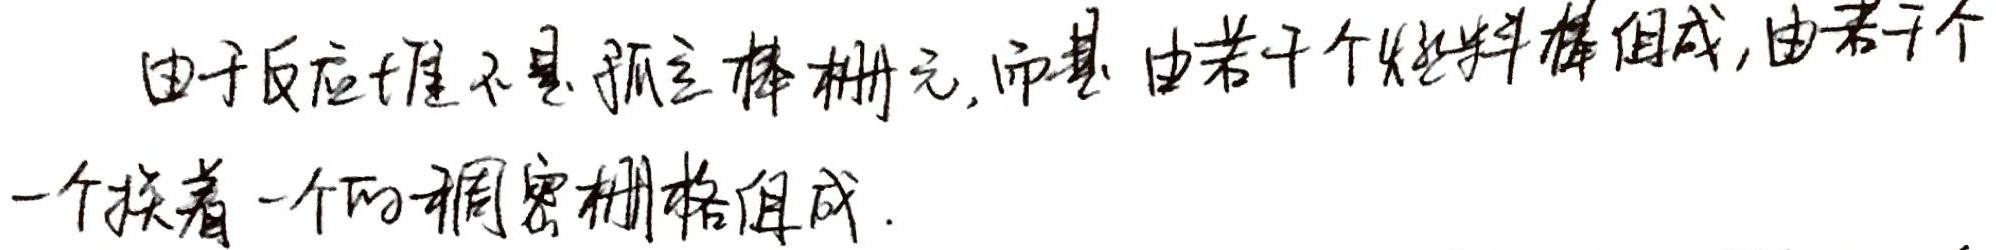
由于反应堆不是孤立棒栅元，而是由若干个燃料棒组成，由若干个
一个挨着一个的稠密栅格组成.